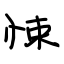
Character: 悚